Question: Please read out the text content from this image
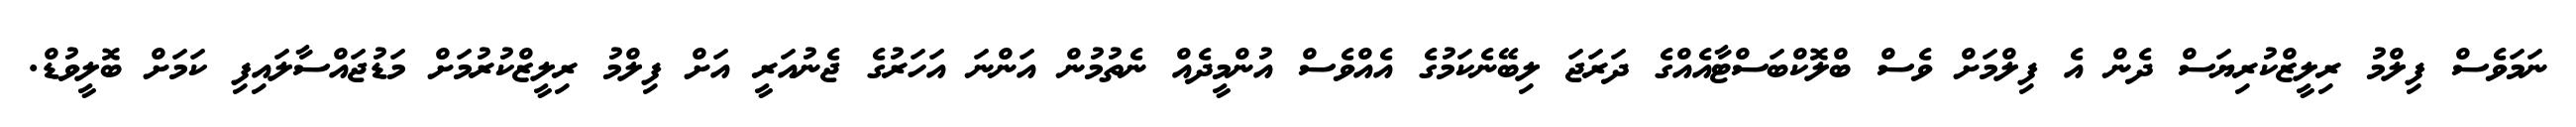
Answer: ނަމަވެސް ފިލްމު ރިލީޒްކުރިޔަސް ދެން އެ ފިލްމަށް ވެސް ބްލޮކްބަސްޓާއެއްގެ ދަރަޖަ ލިބޭނެކަމުގެ އެއްވެސް އުންމީދެއް ނެތުމުން އަންނަ އަހަރުގެ ޖެނުއަރީ އަށް ފިލްމު ރިލީޒްކުރުމަށް މަޑުޖައްސާލައިފި ކަމަށް ބޮލީވުޑް.